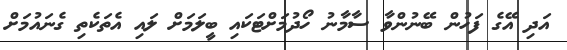
އަދި އޭގެ ފަހުން ބޭނުންވާ ސާމާނު ހޯދުމަށްޓަކައި ބީލަމަށް ލައި އެތަކެތި ގެނައުމަށް